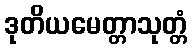
ဒုတိယမေတ္တာသုတ္တံ